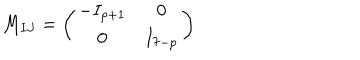
M _ { I J } = \left( \begin{matrix} { { - I _ { p + 1 } } } & { { 0 } } \\ { { 0 } } & { { I _ { 7 - p } } } \\ \end{matrix} \right)